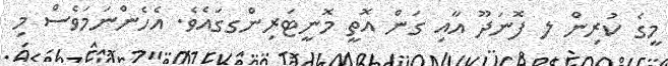
މީގެ ކުރިން ލ ފޮނަދޫ އާއި ގަން އޮތީ މޮނީޓަރިންގގައެވެ. އެހެންނަމަވެސް މި